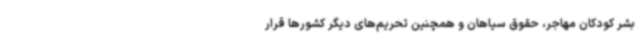
بشر کودکان مهاجر، حقوق سیاهان و همچنین تحریم‌های دیگر کشورها قرار